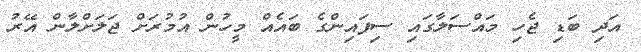
އަދި ބަޑި ޖެހި މައްސަލާގައި ސިފައިންގެ ބައެއް މީހުން އުމުރަށް ޖަލަށްލާން އޭރު